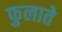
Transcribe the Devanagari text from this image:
फुलाते